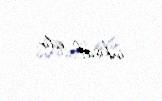
inkişaf edir.